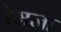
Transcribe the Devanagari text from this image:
रेमजा